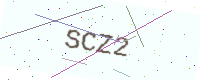
Text: SCZ2